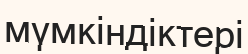
мүмкіндіктері